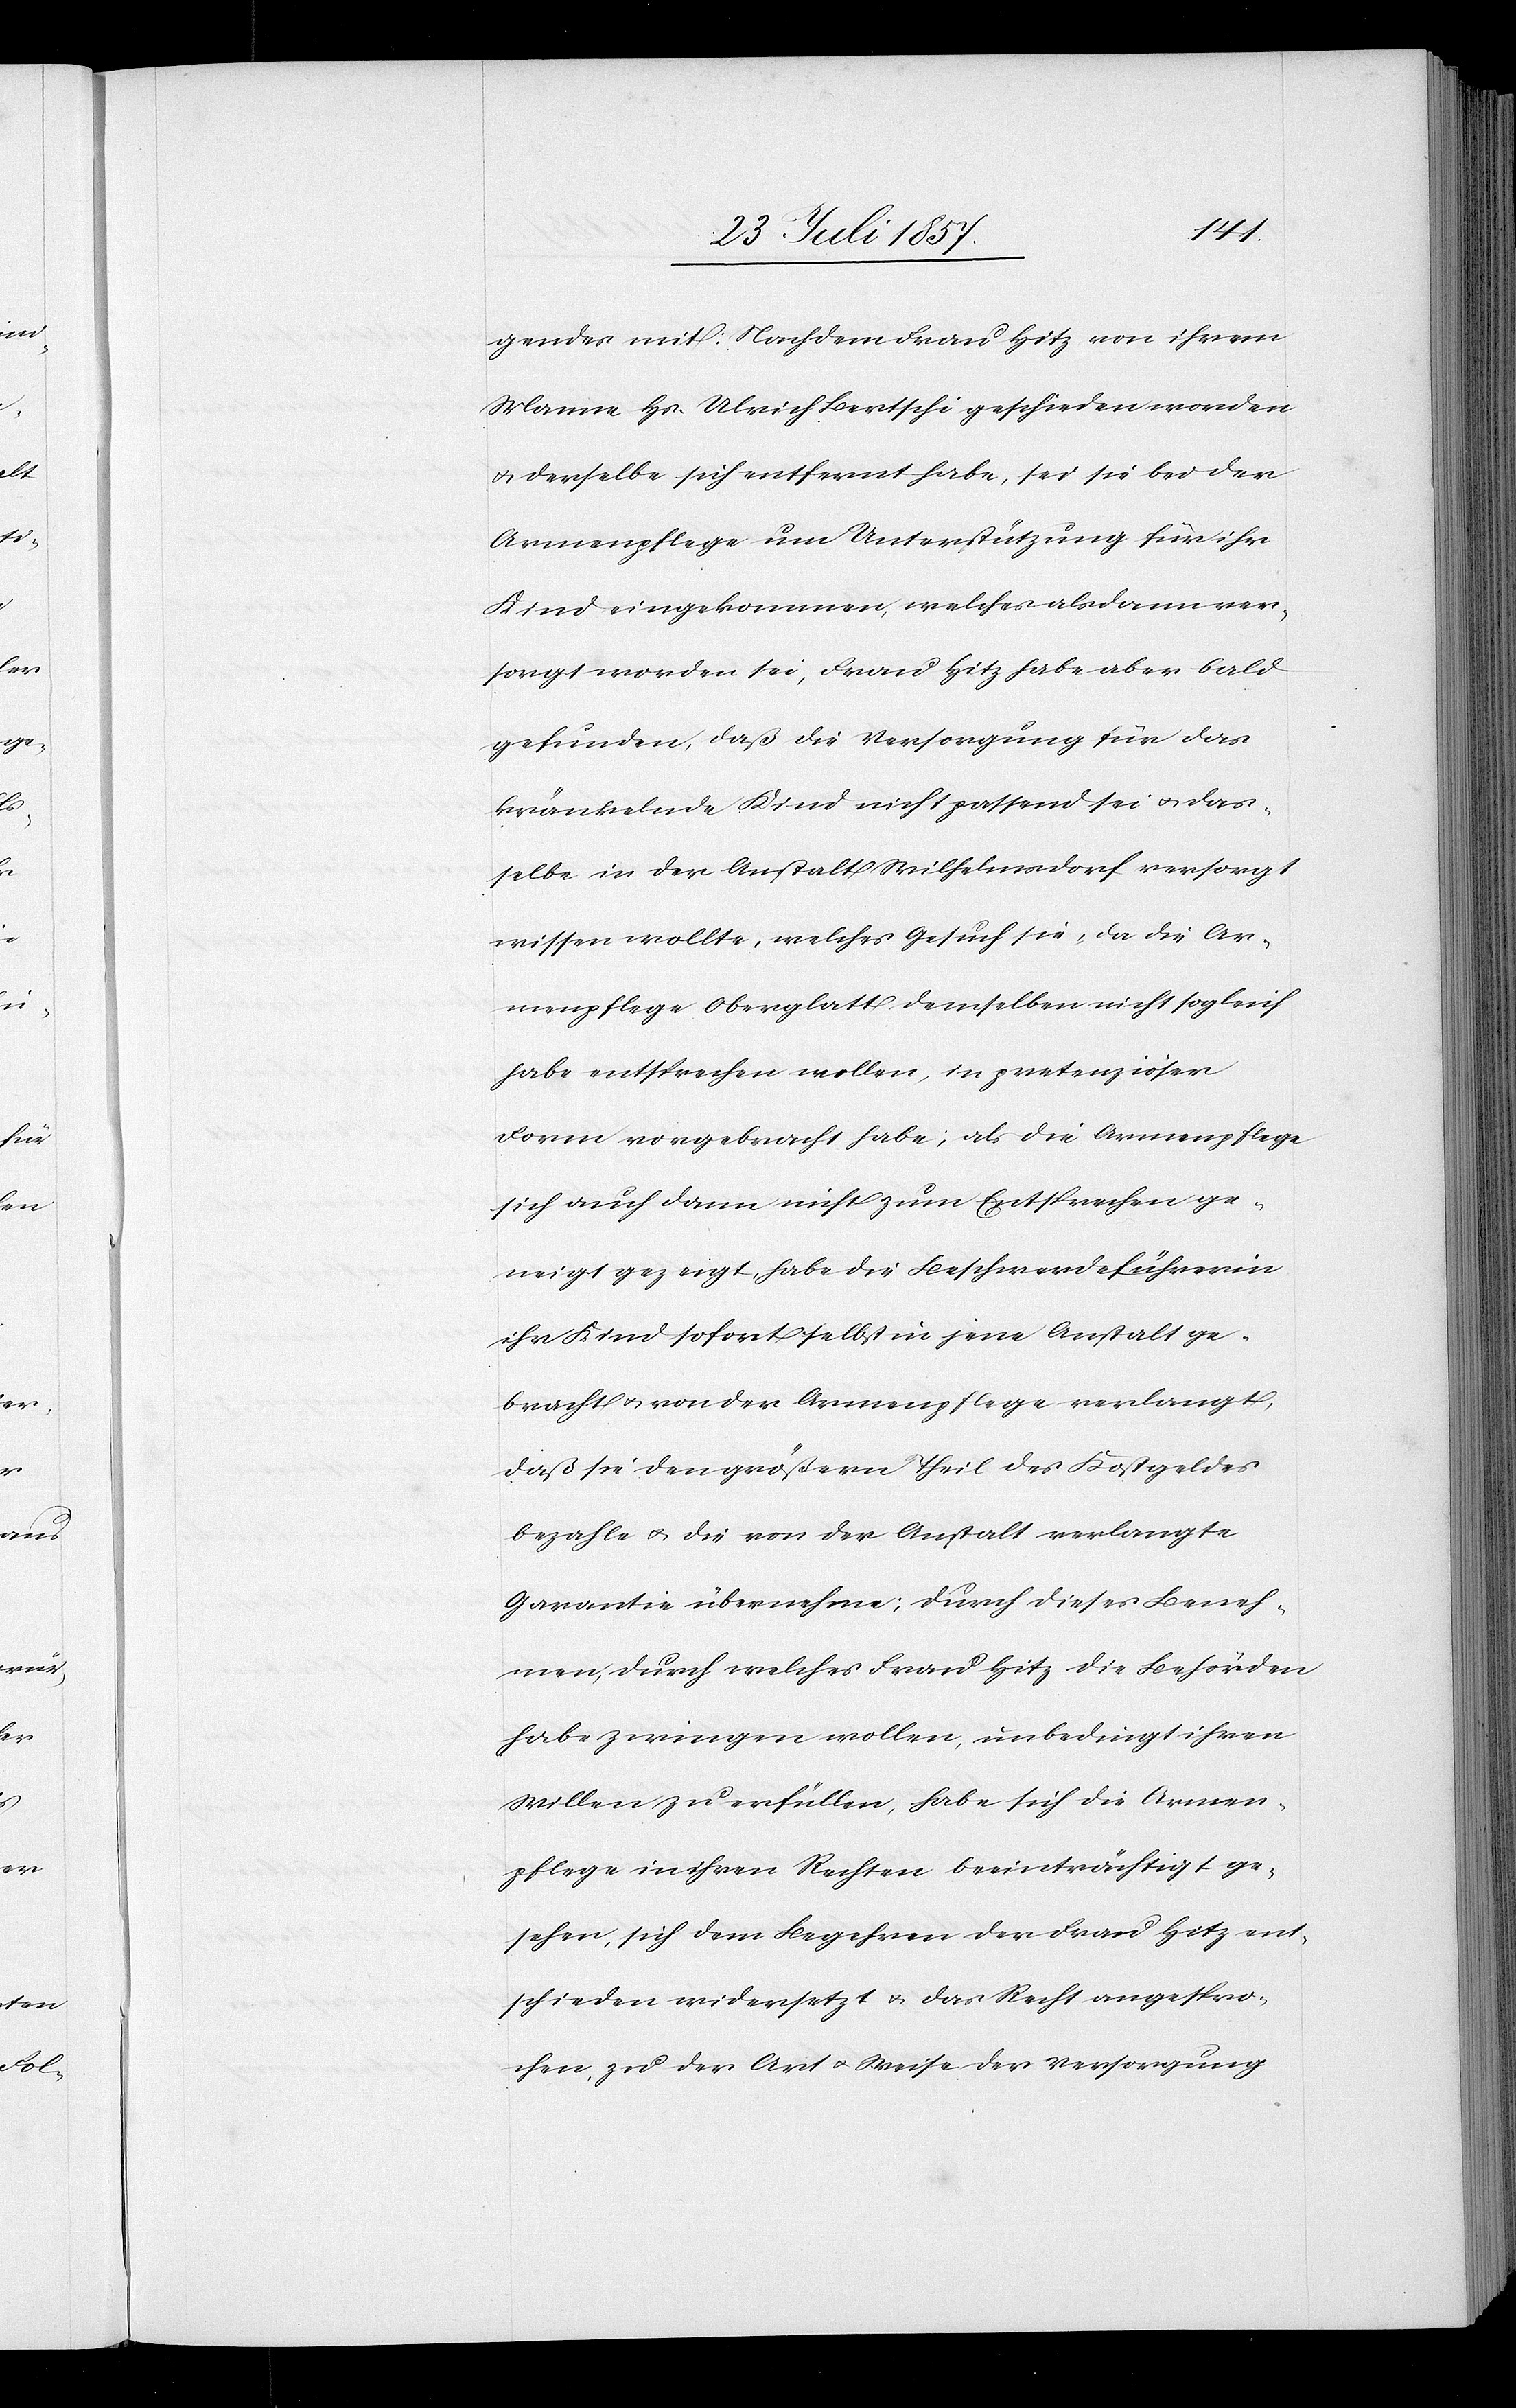
gendes mit: Nachdem Frau Hitz von ihrem
Manne Hs. Ulrich Bertschi geschieden worden
& derselbe sich entfernt habe, sei sie bei der
Armenpflege um Unterstützung für ihr
Kind eingekommen, welches alsdann ver¬
sorgt worden sei, Frau Hitz habe aber bald
gefunden, daß die Versorgung für das
kränkelnde Kind nicht passend sei & das¬
selbe in der Anstalt Wilhelmsdorf versorgt
wissen wollte [sic!], welches Gesuch sie, da die Ar¬
menpflege Oberglatt demselben nicht sogleich
habe entsprechen wollen, in pretenziöser
Form vorgebracht habe; als die Armenpflege
sich auch dann nicht zum Entsprechen ge¬
neigt gezeigt, habe die Beschwerdeführerin
ihr Kind sofort selbst in jene Anstalt ge¬
bracht & von der Armenpflege verlangt,
daß sie den größern Theil des Kostgeldes
bezahle & die von der Anstalt verlangte
Garantie übernehme; durch dieses Beneh¬
men, durch welches Frau Hitz die Behörden
habe zwingen wollen, unbedingt ihren
Willen zu erfüllen, habe sich die Armen¬
pflege in ihren Rechten beeinträchtigt ge¬
sehen, sich dem Begehren der Frau Hitz ent¬
schieden widersetzt & das Recht angespro¬
chen, zu der Art & Weise der Versorgung